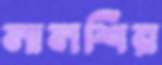
লালশির